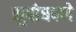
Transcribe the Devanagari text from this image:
सुबोधपणे